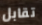
تقابل